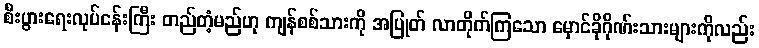
စီးပွားရေးလုပ်ငန်းကြီး တည်တံ့မည်ဟု ကျန်စစ်သားကို အပြုတ် လာတိုက်ကြသော မှောင်ခိုဂိုဏ်းသားများကိုလည်း